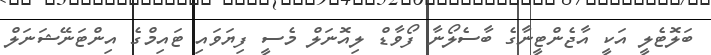
ބަލޮޓެލީ އަކީ އާޖެންޓީނާގެ ބާސެލޯނާ ފޯވާޑް ލިއޮނަލް މެސީ ފިޔަވައި ޓައިމްގެ އިންޓަނޭޝަނަލް